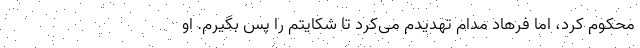
محکوم کرد، اما فرهاد مدام تهدیدم می‌کرد تا شکایتم را پس بگیرم. او